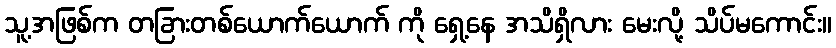
သူ့အဖြစ်က တခြားတစ်ယောက်ယောက် ကို ရှေ့နေ အသိရှိလား မေးလို့ သိပ်မကောင်း။